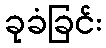
ခုခံခြင်း